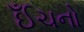
ઈઁચનો